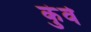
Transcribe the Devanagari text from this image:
कुंवे